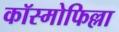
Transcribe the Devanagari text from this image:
कॉस्मोफिल्ला